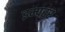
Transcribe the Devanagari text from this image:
इम्परर